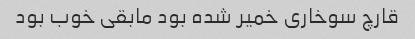
قارچ سوخاری خمیر شده بود مابقی خوب بود